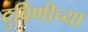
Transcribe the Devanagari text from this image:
दुर्बिणीच्‍या